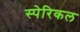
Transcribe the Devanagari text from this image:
स्पेरिकल